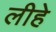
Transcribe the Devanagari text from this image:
लीहे